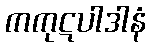
ကကုဋပါဒါနံ